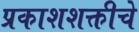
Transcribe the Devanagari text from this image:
प्रकाशशक्तीचे